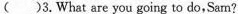
() 3.What are you going to do,Sam?